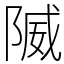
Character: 隇